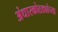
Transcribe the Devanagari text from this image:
अंधारकोठड्यांच्या